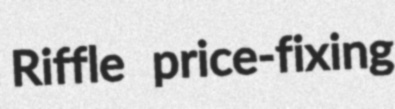
Riffle price-fixing